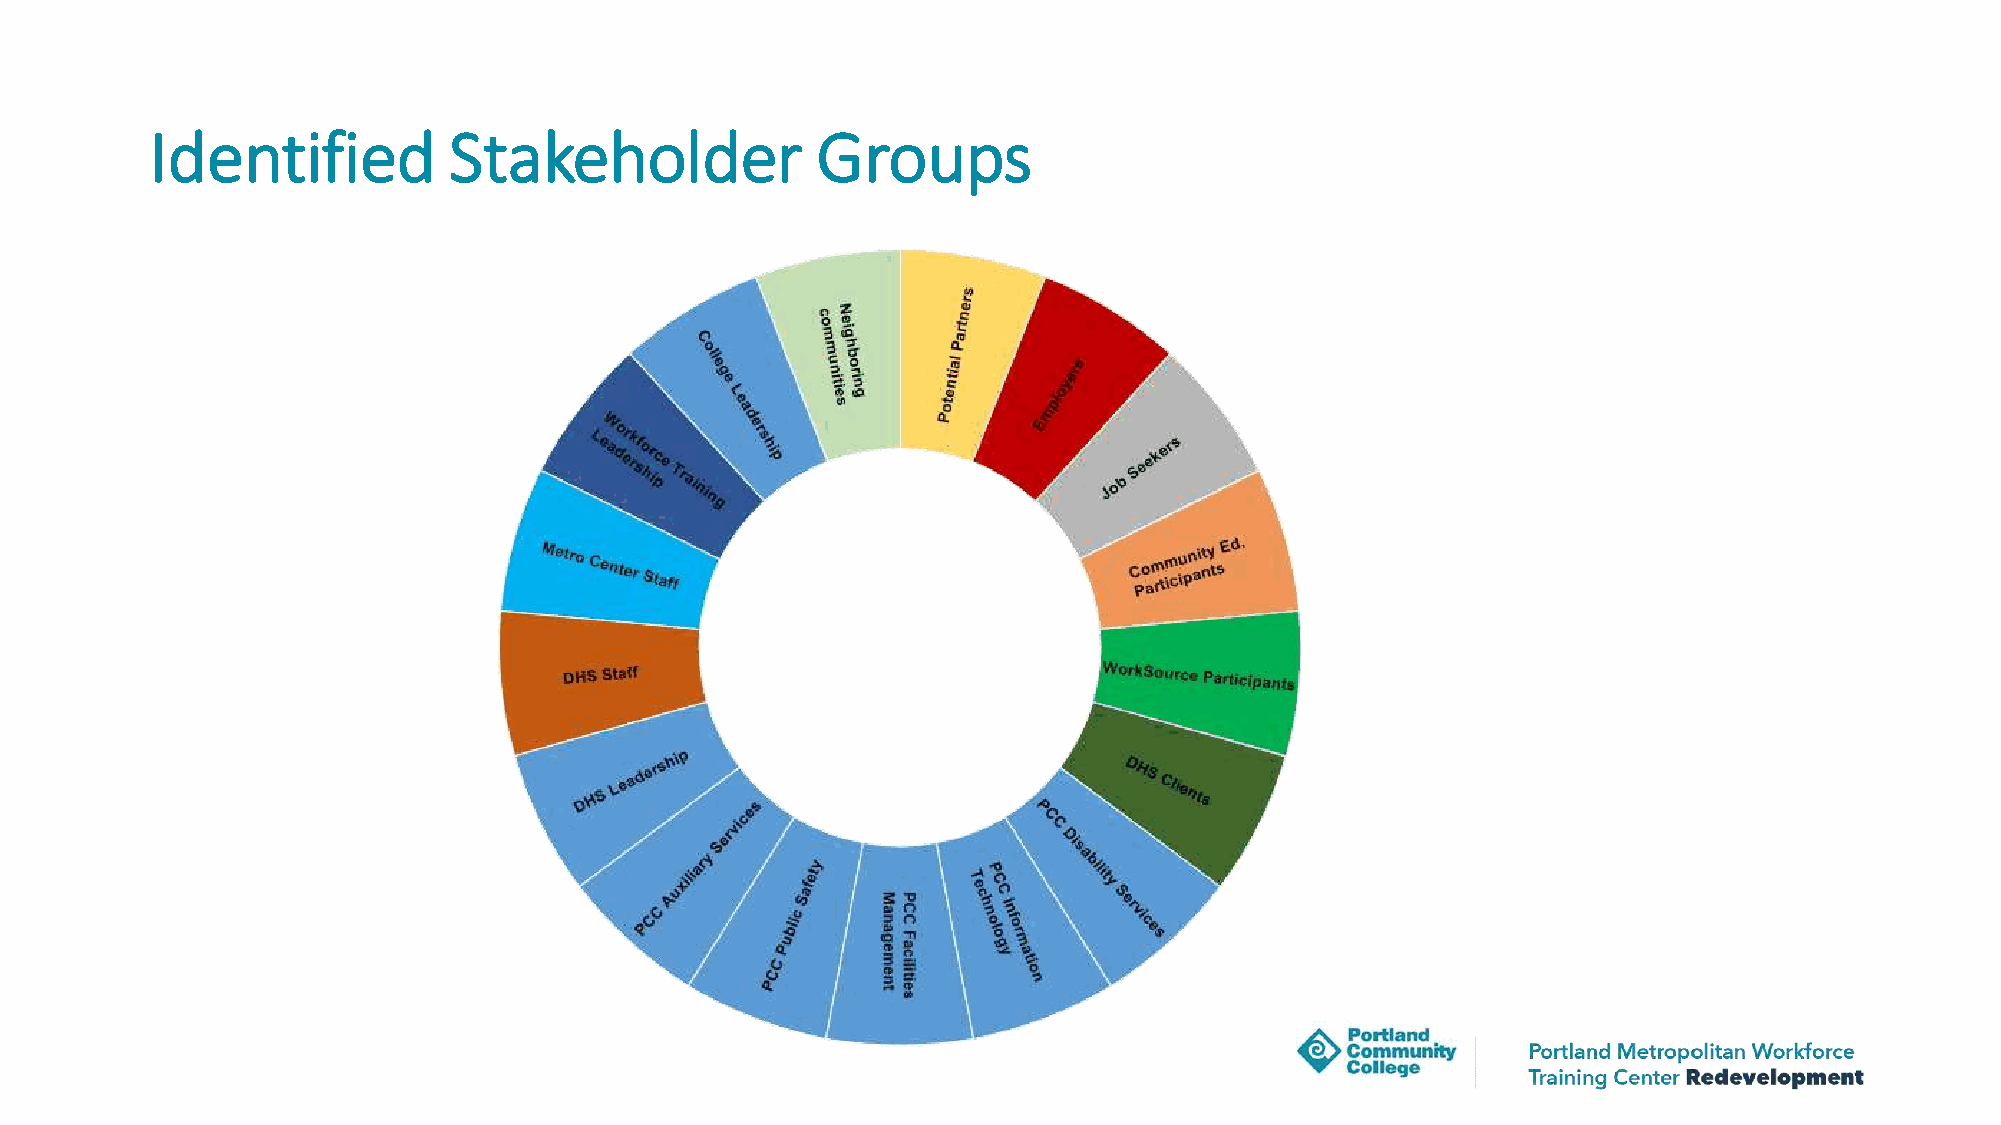
Identified          Stakeholder             Groups